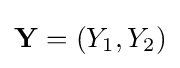
\mathbf {Y} =\left(Y_{1},Y_{2}\right)